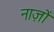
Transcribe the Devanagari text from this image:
नाज़ों